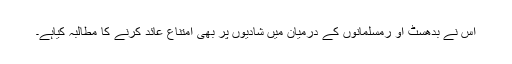
اس نے بدھسٹ او رمسلمانوں کے درمیان میں شادیوں پر بھی امتناع عائد کرنے کا مطالبہ کیاہے۔